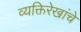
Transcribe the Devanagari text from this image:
व्यक्तिरेखांचे